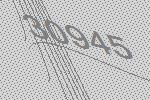
30945